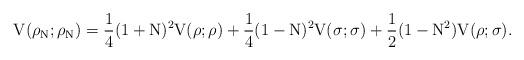
LaTeX: \begin{align*}{\rm V}({\rho}_{\rm N};{\rho}_{\rm N}) = \frac{1}{4} (1+{\rm N})^2{\rm V}({\rho};{\rho}) + \frac{1}{4} (1-{\rm N})^2{\rm V}({\sigma};{\sigma}) + \frac{1}{2} (1-{\rm N}^2){\rm V}({\rho};{\sigma}).\end{align*}